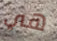
هي